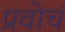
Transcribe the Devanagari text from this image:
प्रवोचं